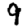
Digit: 9